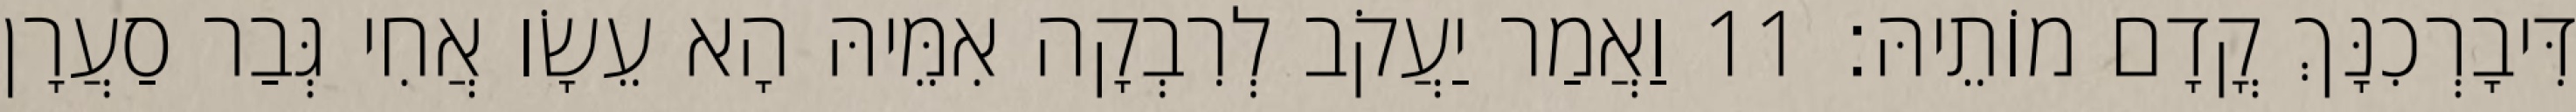
דִּיבָרְכִנָּךְ קֳדָם מוֹתֵיהּ׃ 11 וַאֲמַר יַעֲקֹב לְרִבְקָה אִמֵּיהּ הָא עֵשָׂו אֲחִי גְּבַר סַעֲרָן